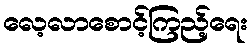
လေ့လာစောင့်ကြည့်ရေး